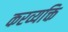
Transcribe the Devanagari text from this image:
करव्यक्ति